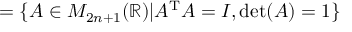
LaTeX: = \{ A \in M _ { 2 n + 1 } ( \mathbb { R } ) | A ^ { \mathrm { T } } A = I , \det ( A ) = 1 \}